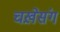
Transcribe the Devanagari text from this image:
चख़ेसंग